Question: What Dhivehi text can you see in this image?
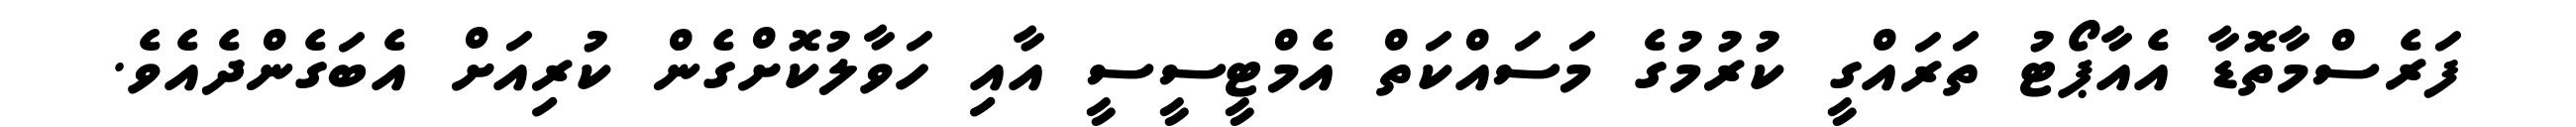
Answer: ފަރެސްމާތޮޑާ އެއާޕޯޓު ތަރައްގީ ކުރުމުގެ މަސައްކަތް އެމްޓީސީސީ އާއި ހަވާލުކޮށްގެން ކުރިއަށް އެބަގެންދެއެވެ.